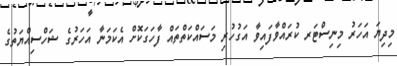
މިދިޔަ އަހަރު މިނިސްޓަރ ކުރައްވާފައިވާ އަގުހުރި މަސައްކަތްތައް ފާހަގަކޮށް އެކަމަނާ އަހަރުގެ ޝަހްސިއްޔަތުގެ